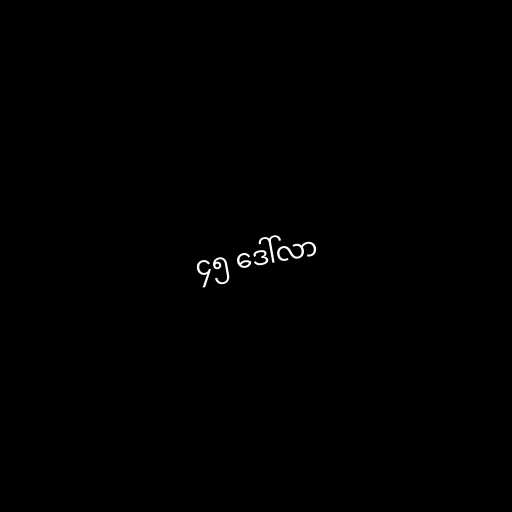
၄၅ ဒေါ်လာ